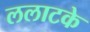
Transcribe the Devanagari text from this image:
ललाटके